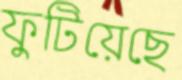
ফুটিয়েছে